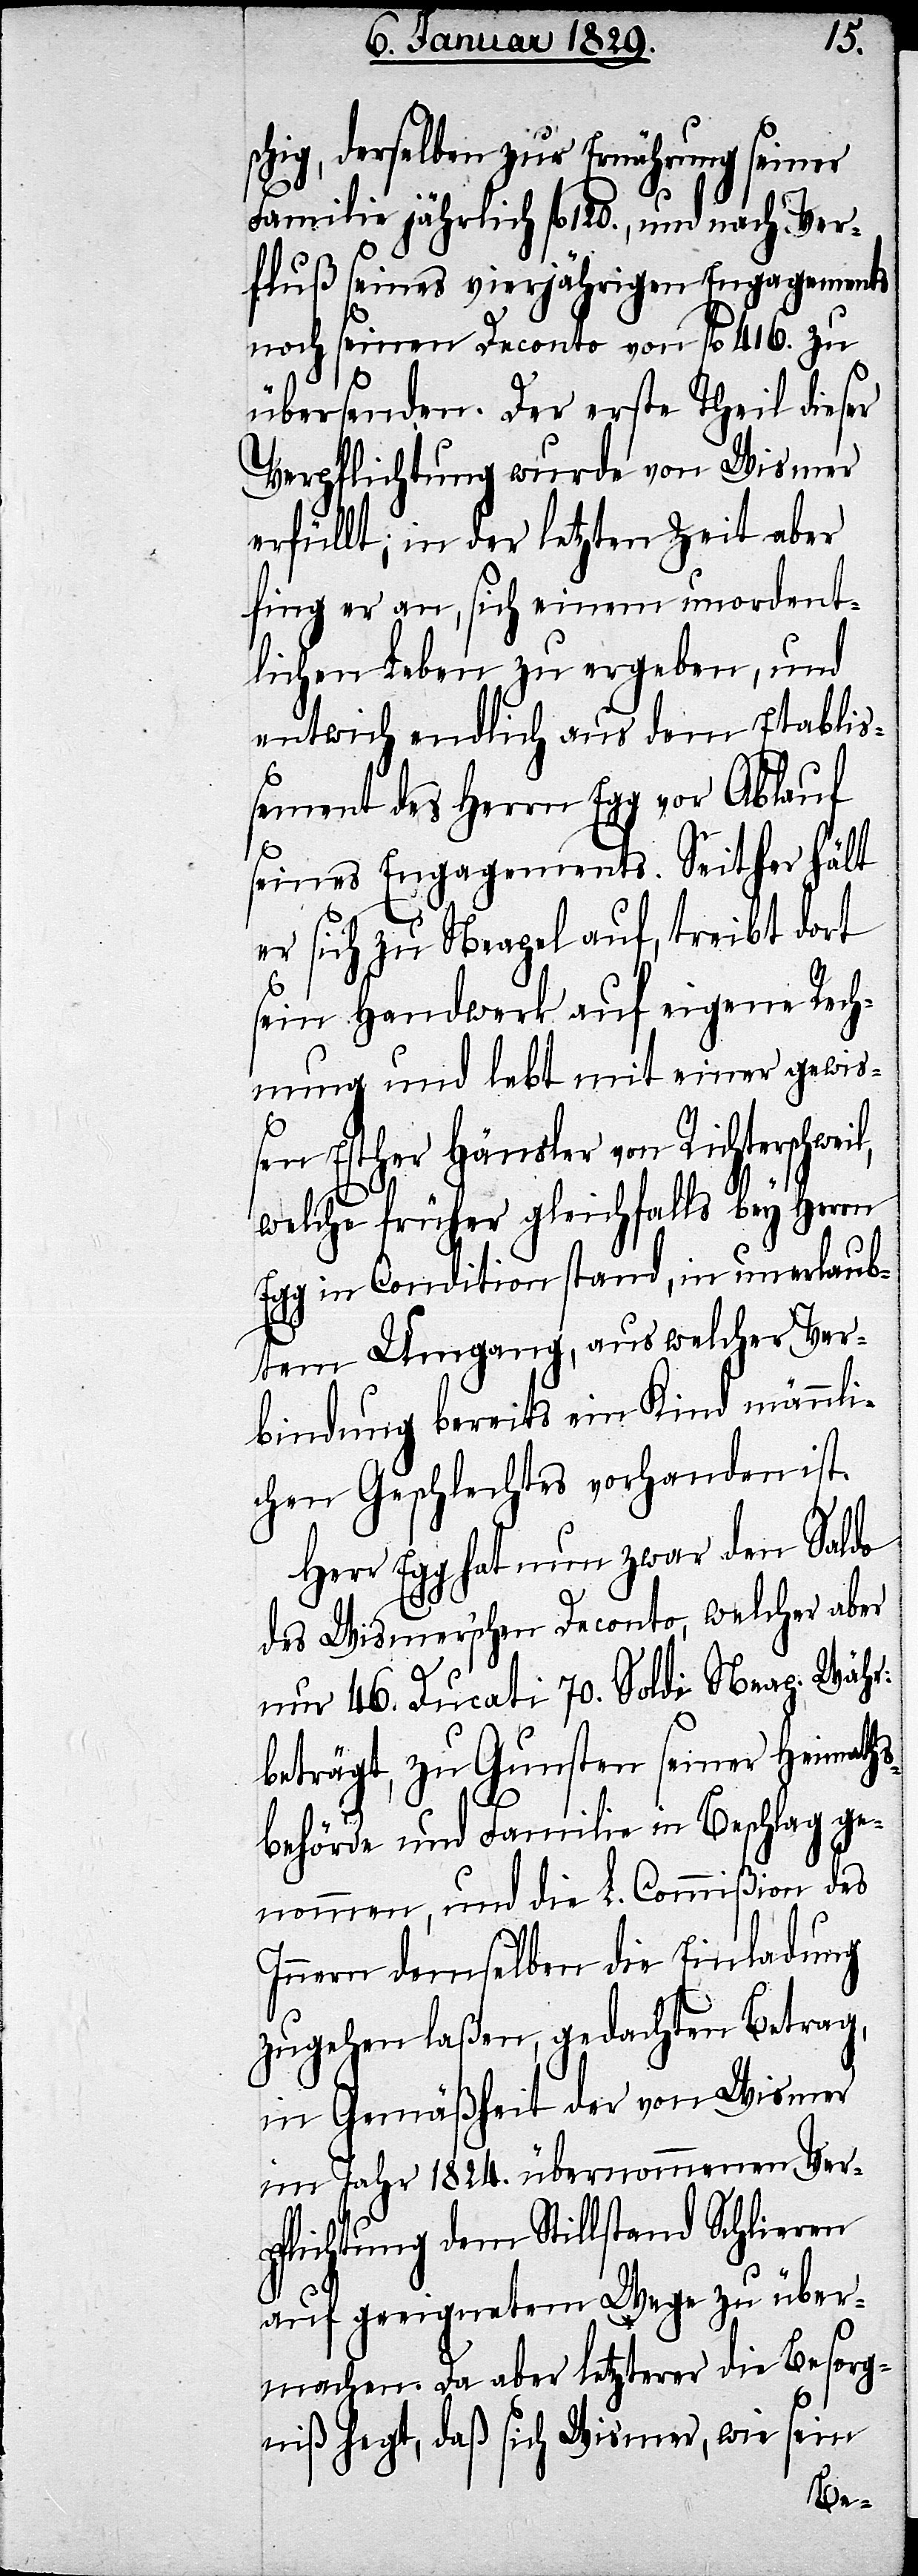
schig, derselben zur Ernährung seiner
Familie jährlich fl. 120., und nach Ver¬
fluß seines vierjährigen Engagements
noch seinen Deconto von fl. 416. zu
übersenden. Der erste Theil dieser
Verpflichtung wurde von Wismer
erfüllt; in der letzten Zeit aber
fing er an, sich einem unordent¬
lichen Leben zu ergeben, und
entwich endlich aus dem Etablis¬
sement des Herrn Egg vor Ablauf
seines Engagements. Seither hält
er sich zu Neapel auf, treibt dort
l,
sein Handwerk auf eigene Rech¬
nung und lebt mit einer gewiß¬
en Esther Hänsler von Richterschwei¬
welche früher gleichfalls bey Herrn
Egg in Condition stand, in unerlaub¬
tem Umgang, aus welcher Ver¬
bindung bereits ein Kind männli¬
chen Geschlechts vorhanden ist.
Herr Egg hat nun zwar den Saldo
des Wismerischen Deconto, welcher aber
nur 46. Ducati 70. Soldi Neap. Währ:
beträgt, zu Gunsten seiner Heimaths¬
behörde und Familie in Beschlag ge¬
nommen, und die L. Commißion des
Innern demselben die Einladung
zugehen laßen, gedachten Betrag,
in Gemäßheit der von Wismer
im Jahr 1824. übernommenen Ver¬
pflichtung dem Stillstand Schlieren
auf geeignetem Wege zu über¬
machen. Da aber Letzterer die Besorg¬
niß hegt, daß sich Wismer, wie sein